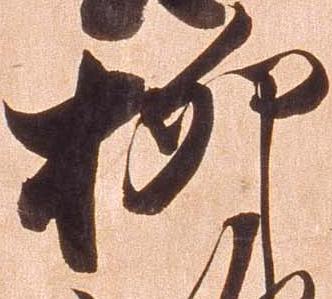
柳